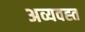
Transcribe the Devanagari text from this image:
अव्यवह्त